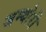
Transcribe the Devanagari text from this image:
जम्बोरी